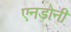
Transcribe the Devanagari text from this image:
एनडोनी